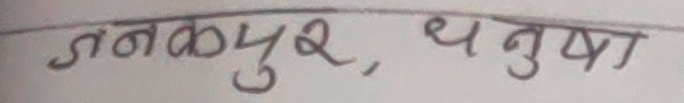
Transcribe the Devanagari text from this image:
जनकपुर, धनुषा